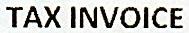
TAX INVOICE